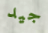
جيد